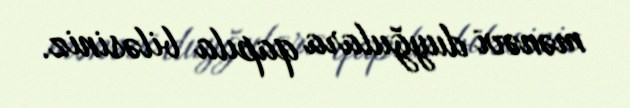
mənəvi duyğulara qapıla biləsiniz.